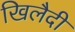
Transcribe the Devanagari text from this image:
खिलैदी